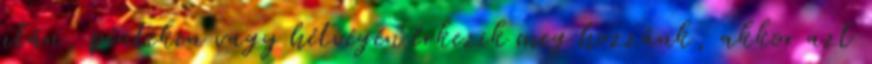
után, pénteken vagy hétvégén érkezik meg hozzánk, akkor azt